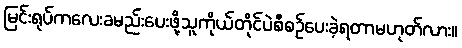
မြင်းရုပ်ကလေးခမည်းပေးဖို့သူကိုယ်တိုင်ပဲစီစဉ်ပေးခဲ့ရတာမဟုတ်လား။